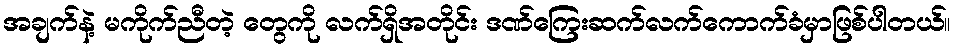
အချက်နဲ့ မကိုက်ညီတဲ့ တွေကို လက်ရှိအတိုင်း ဒဏ်ကြေးဆက်လက်ကောက်ခံမှာဖြစ်ပါတယ်။